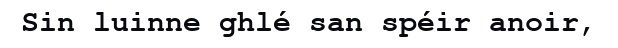
Sin luinne ghlé san spéir anoir,